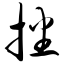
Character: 播